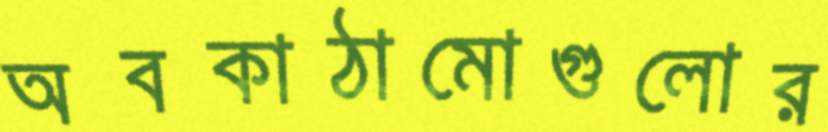
অবকাঠামোগুলোর